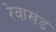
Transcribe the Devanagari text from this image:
रेवाखंड